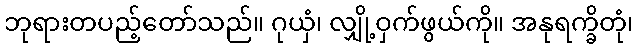
ဘုရားတပည့်တော်သည်။ ဂုယှံ၊ လျှို့ဝှက်ဖွယ်ကို။ အနုရက္ခိတုံ၊